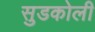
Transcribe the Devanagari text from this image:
सुडकोली